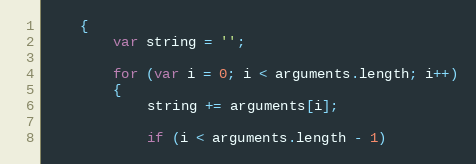
Language: JavaScript
	{
		var string = '';

		for (var i = 0; i < arguments.length; i++)
		{
			string += arguments[i];

			if (i < arguments.length - 1)